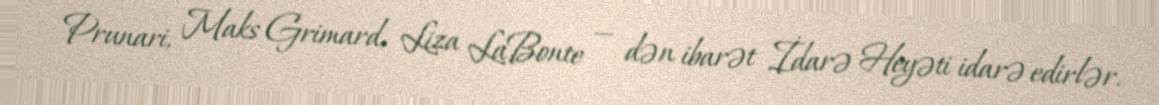
Prunari, Maks Grimard, Liza LaBonte — dən ibarət İdarə Heyəti idarə edirlər.